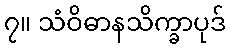
၇။ သံဝိဓာနသိက္ခာပုဒ်